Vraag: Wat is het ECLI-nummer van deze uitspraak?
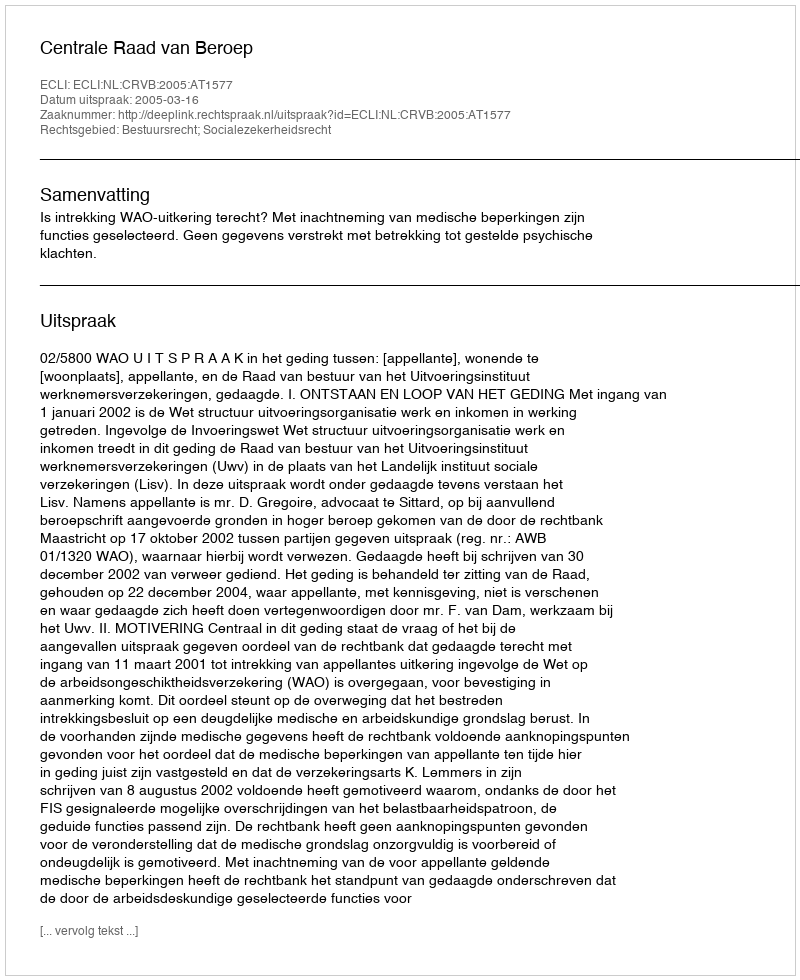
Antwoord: ECLI:NL:CRVB:2005:AT1577